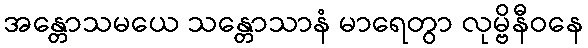
အန္တောသမယေ သန္တောသာနံ မာရေတွာ လုမ္ဗိနီဝနေ